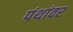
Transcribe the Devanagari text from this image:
पंथांवर